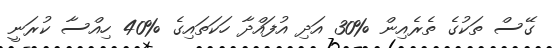
ގޭސް ތަކުގެ ތެރެއިން %30 އަދި އުފައްދާ ހަކަތައިގެ %40 ހިއްސާ ކުރަނީ